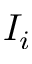
I _ { i }